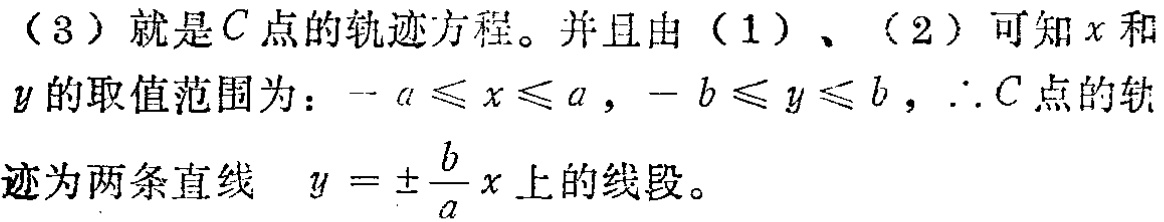
（3）就是\(C\)点的轨迹方程。并且由（1）、（2）可知\(x\)和\(y\)的取值范围为：\(-a\leqslant x\leqslant a\)，\(-b\leqslant y\leqslant b\)，\(\therefore C\)点的轨迹为两条直线 \(y = \pm\frac{b}{a}x\)上的线段。